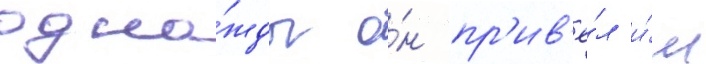
одна́жды о́н пр'ив'ё́л и́м